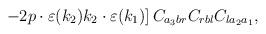
LaTeX: \begin{align*}\left .- 2p \cdot \varepsilon(k_{2}) k_{2} \cdot \varepsilon(k_{1}) \right] C_{a_{3}br} C_{rbl} C_{la_{2}a_{1}},\end{align*}